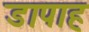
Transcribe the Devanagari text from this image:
डापाह